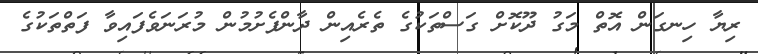
ރިޔާ ހިނގަން އޮތް މަގު ދޫކޮށް ގަސްތަކުގެ ތެރެއިން ދާންފެށުމުން މުރަނަވެފައިވާ ފަތްތަކުގެ